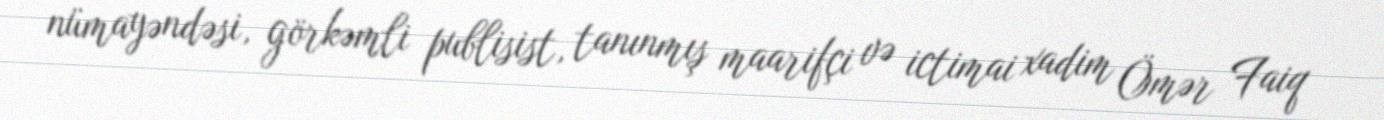
nümayəndəsi, görkəmli publisist, tanınmış maarifçi və ictimai xadim Ömər Faiq